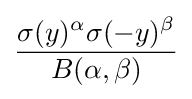
{\frac {\sigma (y)^{\alpha }\sigma (-y)^{\beta }}{B(\alpha ,\beta )}}